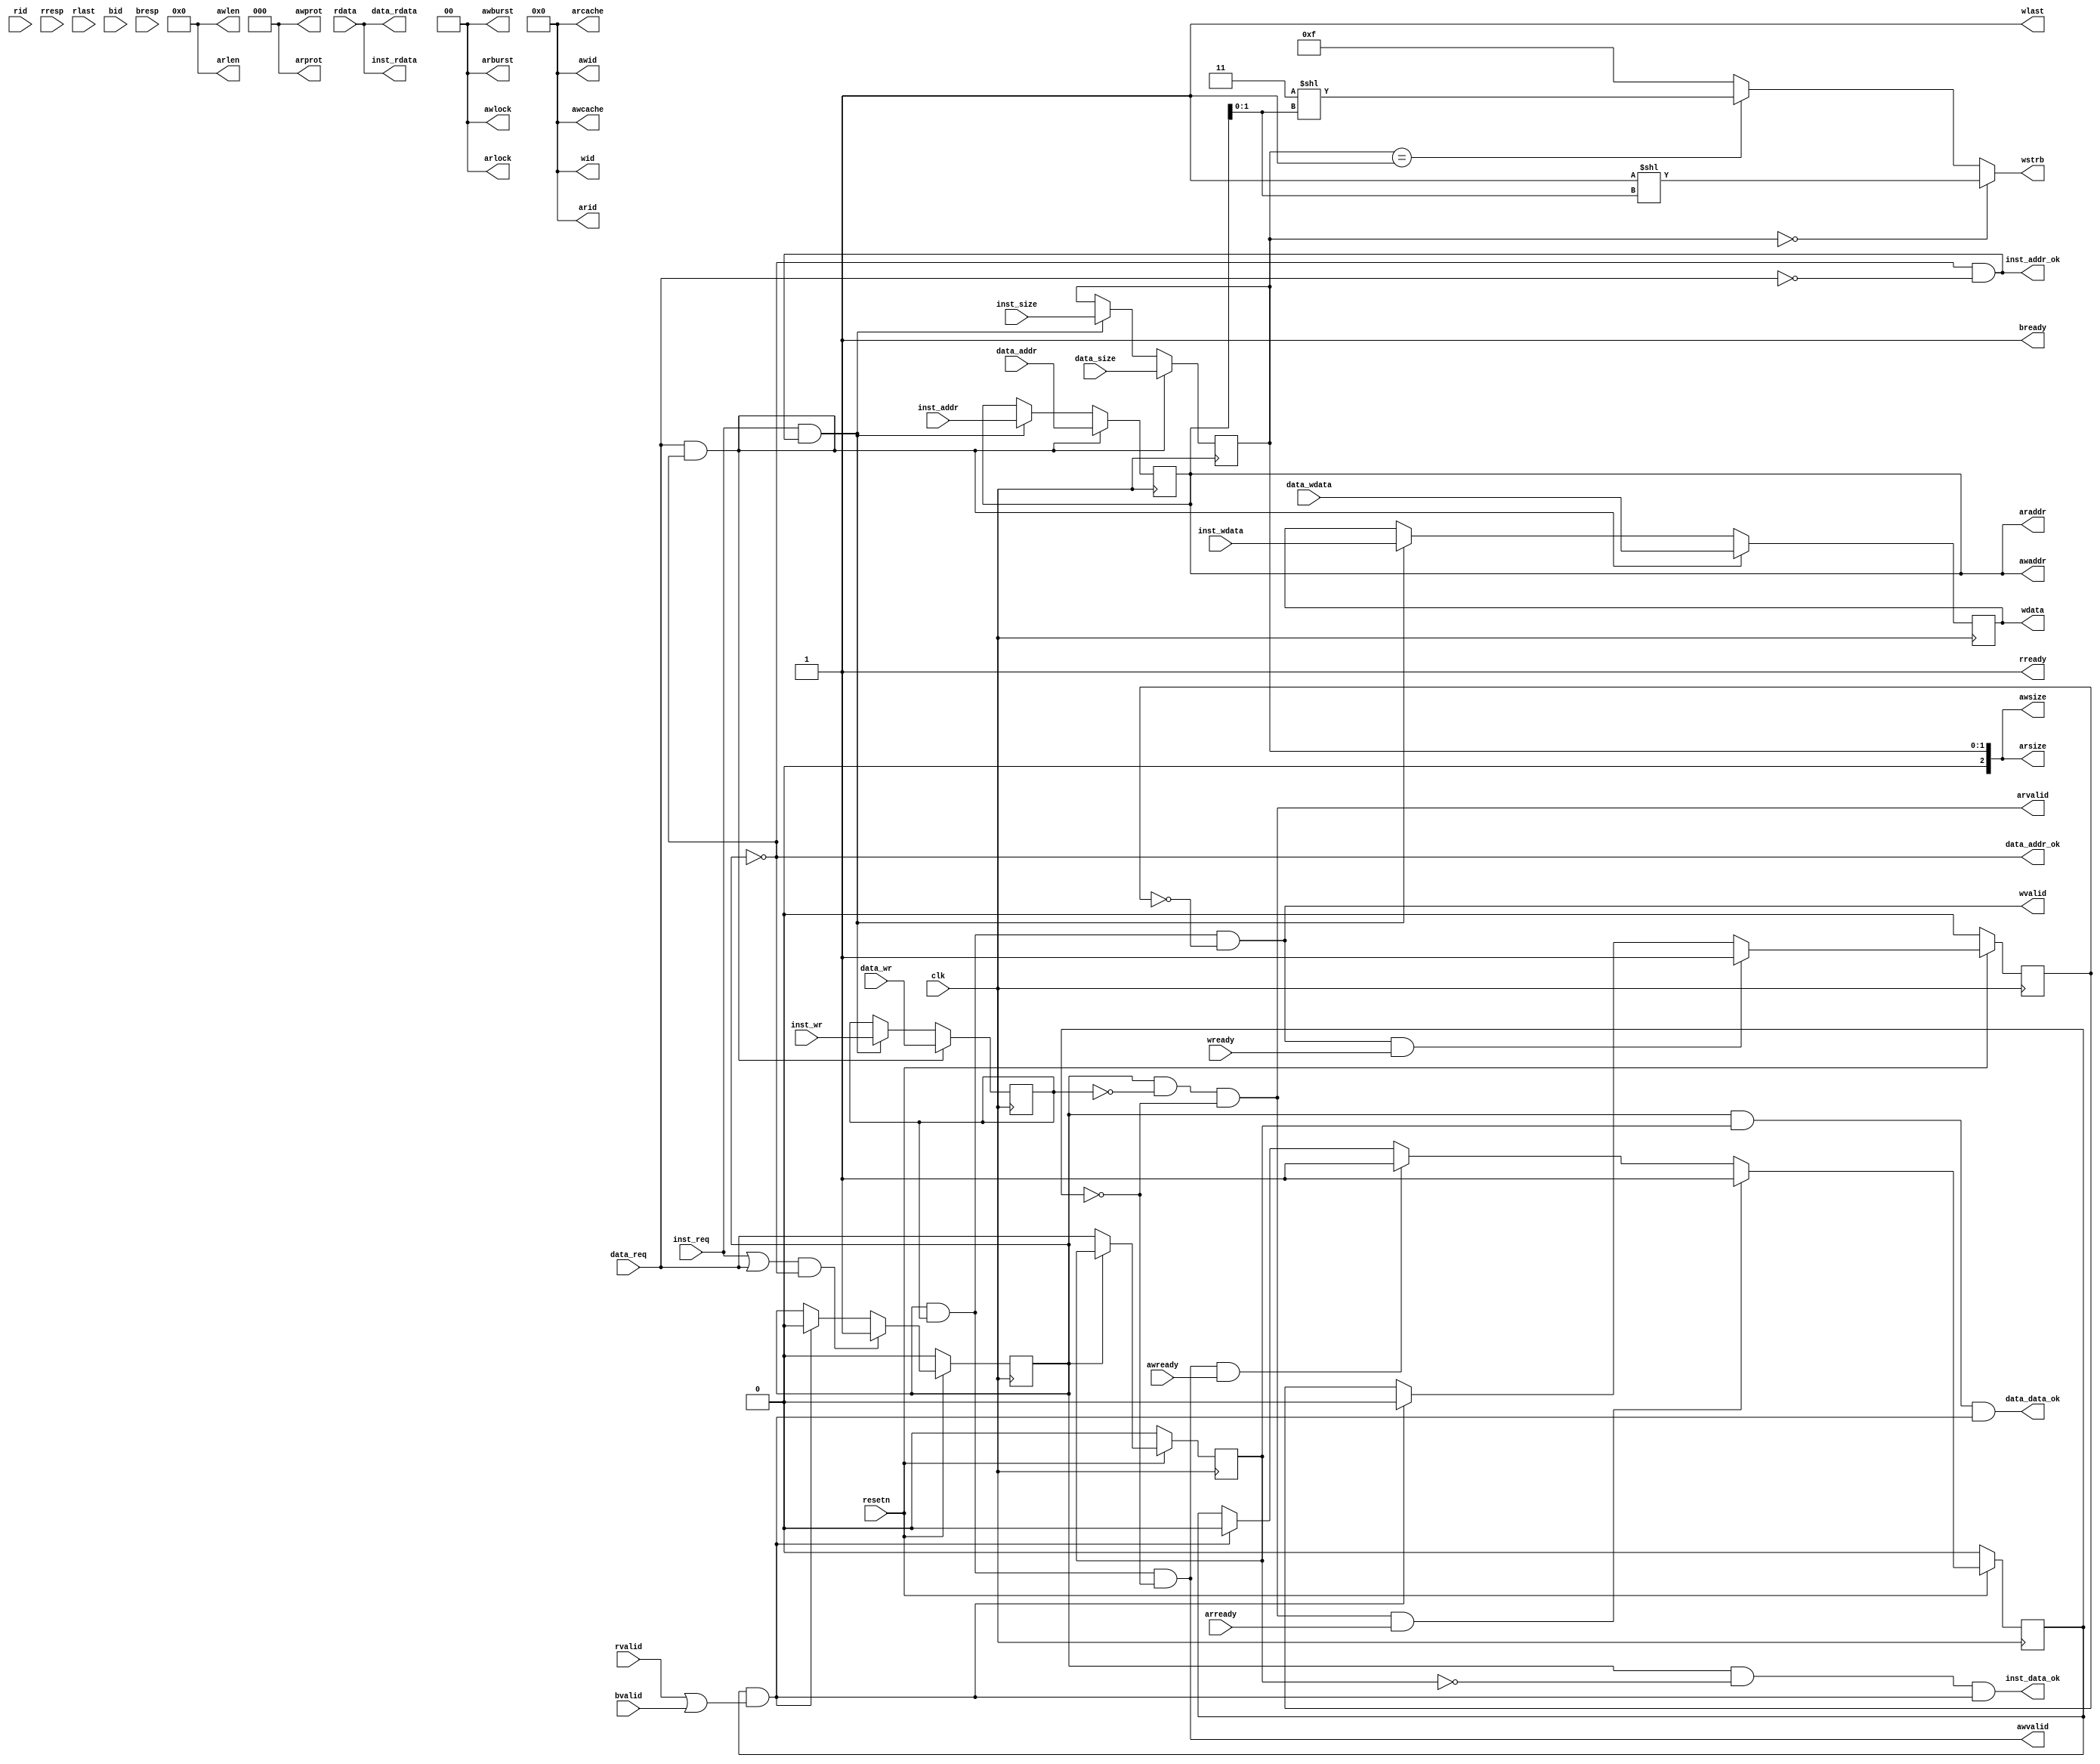
`timescale 1ns / 1ps
//////////////////////////////////////////////////////////////////////////////////
// Company: 
// Engineer: 
// 
// Design Name: 
// Module Name: cpu_axi_interface
// Project Name: 
// Target Devices: 
// Tool Versions: 
// Description: 
// 
// Dependencies: 
// 
// Revision:
// Revision 0.01 - File Created
// Additional Comments:
// 
//////////////////////////////////////////////////////////////////////////////////


/*------------------------------------------------------------------------------
--------------------------------------------------------------------------------
Copyright (c) 2016, Loongson Technology Corporation Limited.

All rights reserved.

Redistribution and use in source and binary forms, with or without modification,
are permitted provided that the following conditions are met:

1. Redistributions of source code must retain the above copyright notice, this 
list of conditions and the following disclaimer.

2. Redistributions in binary form must reproduce the above copyright notice, 
this list of conditions and the following disclaimer in the documentation and/or
other materials provided with the distribution.

3. Neither the name of Loongson Technology Corporation Limited nor the names of 
its contributors may be used to endorse or promote products derived from this 
software without specific prior written permission.

THIS SOFTWARE IS PROVIDED BY THE COPYRIGHT HOLDERS AND CONTRIBUTORS "AS IS" AND 
ANY EXPRESS OR IMPLIED WARRANTIES, INCLUDING, BUT NOT LIMITED TO, THE IMPLIED 
WARRANTIES OF MERCHANTABILITY AND FITNESS FOR A PARTICULAR PURPOSE ARE 
DISCLAIMED. IN NO EVENT SHALL LOONGSON TECHNOLOGY CORPORATION LIMITED BE LIABLE
TO ANY PARTY FOR DIRECT, INDIRECT, INCIDENTAL, SPECIAL, EXEMPLARY, OR 
CONSEQUENTIAL DAMAGES (INCLUDING, BUT NOT LIMITED TO, PROCUREMENT OF SUBSTITUTE 
GOODS OR SERVICES; LOSS OF USE, DATA, OR PROFITS; OR BUSINESS INTERRUPTION) 
HOWEVER CAUSED AND ON ANY THEORY OF LIABILITY, WHETHER IN CONTRACT, STRICT 
LIABILITY, OR TORT (INCLUDING NEGLIGENCE OR OTHERWISE) ARISING IN ANY WAY OUT OF
THE USE OF THIS SOFTWARE, EVEN IF ADVISED OF THE POSSIBILITY OF SUCH DAMAGE.
--------------------------------------------------------------------------------
------------------------------------------------------------------------------*/

module cpu_axi_interface
(
    input         clk,
    input         resetn, 

    //inst sram-like 
    input         inst_req     ,//cpu input to cpu_axi_interface
    input         inst_wr      ,
    input  [1 :0] inst_size    ,
    input  [31:0] inst_addr    ,
    input  [31:0] inst_wdata   ,
    output [31:0] inst_rdata   ,//cpu_axi_interface to cpu 
    output        inst_addr_ok ,
    output        inst_data_ok ,
    
    //data sram-like 
    input         data_req     ,
    input         data_wr      ,
    input  [1 :0] data_size    ,
    input  [31:0] data_addr    ,
    input  [31:0] data_wdata   ,
    output [31:0] data_rdata   ,
    output        data_addr_ok ,
    output        data_data_ok ,

    //axi
    //ar
    output [3 :0] arid         ,
    output [31:0] araddr       ,
    output [7 :0] arlen        ,
    output [2 :0] arsize       ,
    output [1 :0] arburst      ,
    output [1 :0] arlock        ,
    output [3 :0] arcache      ,
    output [2 :0] arprot       ,
    output        arvalid      ,
    input         arready      ,
    //r           
    input  [3 :0] rid          ,
    input  [31:0] rdata        ,
    input  [1 :0] rresp        ,
    input         rlast        ,
    input         rvalid       ,
    output        rready       ,
    //aw          
    output [3 :0] awid         ,
    output [31:0] awaddr       ,
    output [7 :0] awlen        ,
    output [2 :0] awsize       ,
    output [1 :0] awburst      ,
    output [1 :0] awlock       ,
    output [3 :0] awcache      ,
    output [2 :0] awprot       ,
    output        awvalid      ,
    input         awready      ,
    //w          
    output [3 :0] wid          ,
    output [31:0] wdata        ,
    output [3 :0] wstrb        ,
    output        wlast        ,
    output        wvalid       ,
    input         wready       ,
    //b           
    input  [3 :0] bid          ,
    input  [1 :0] bresp        ,
    input         bvalid       ,
    output        bready       
);
//addr
reg do_req;
reg do_req_or; //req is inst or data;1:data,0:inst
reg        do_wr_r;
reg [1 :0] do_size_r;
reg [31:0] do_addr_r;
reg [31:0] do_wdata_r;
wire data_back;

assign inst_addr_ok = !do_req&&!data_req;
assign data_addr_ok = !do_req;
always @(posedge clk)
begin
    do_req     <= !resetn                       ? 1'b0 : 
                  (inst_req||data_req)&&!do_req ? 1'b1 :
                  data_back                     ? 1'b0 : do_req;
    do_req_or  <= !resetn ? 1'b0 : 
                  !do_req ? data_req : do_req_or;

    do_wr_r    <= data_req&&data_addr_ok ? data_wr :
                  inst_req&&inst_addr_ok ? inst_wr : do_wr_r;
    do_size_r  <= data_req&&data_addr_ok ? data_size :
                  inst_req&&inst_addr_ok ? inst_size : do_size_r;
    do_addr_r  <= data_req&&data_addr_ok ? data_addr :
                  inst_req&&inst_addr_ok ? inst_addr : do_addr_r;
    do_wdata_r <= data_req&&data_addr_ok ? data_wdata :
                  inst_req&&inst_addr_ok ? inst_wdata :do_wdata_r;
end

//inst sram-like
assign inst_data_ok = do_req&&!do_req_or&&data_back;
assign data_data_ok = do_req&& do_req_or&&data_back;
assign inst_rdata   = rdata;
assign data_rdata   = rdata;

//---axi
reg addr_rcv;
reg wdata_rcv;

assign data_back = addr_rcv && (rvalid&&rready||bvalid&&bready);
always @(posedge clk)
begin
    addr_rcv  <= !resetn          ? 1'b0 :
                 arvalid&&arready ? 1'b1 :
                 awvalid&&awready ? 1'b1 :
                 data_back        ? 1'b0 : addr_rcv;
    wdata_rcv <= !resetn        ? 1'b0 :
                 wvalid&&wready ? 1'b1 :
                 data_back      ? 1'b0 : wdata_rcv;
end
//ar
assign arid    = 4'd0;
assign araddr  = do_addr_r;
assign arlen   = 8'd0;
assign arsize  = do_size_r;
assign arburst = 2'd0;
assign arlock  = 2'd0;
assign arcache = 4'd0;
assign arprot  = 3'd0;
assign arvalid = do_req&&!do_wr_r&&!addr_rcv;
//r
assign rready  = 1'b1;

//aw
assign awid    = 4'd0;
assign awaddr  = do_addr_r;
assign awlen   = 8'd0;
assign awsize  = do_size_r;
assign awburst = 2'd0;
assign awlock  = 2'd0;
assign awcache = 4'd0;
assign awprot  = 3'd0;
assign awvalid = do_req&&do_wr_r&&!addr_rcv;
//w
assign wid    = 4'd0;
assign wdata  = do_wdata_r;
assign wstrb  = do_size_r==2'd0 ? 4'b0001<<do_addr_r[1:0] :
                do_size_r==2'd1 ? 4'b0011<<do_addr_r[1:0] : 4'b1111;
assign wlast  = 1'd1;
assign wvalid = do_req&&do_wr_r&&!wdata_rcv;
//b
assign bready  = 1'b1;

endmodule